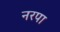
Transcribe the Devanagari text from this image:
नरपा